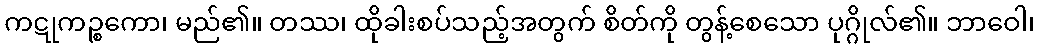
ကဋုကဉ္စကော၊ မည်၏။ တဿ၊ ထိုခါးစပ်သည့်အတွက် စိတ်ကို တွန့်စေသော ပုဂ္ဂိုလ်၏။ ဘာဝေါ၊